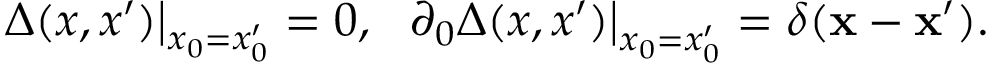
\left. \Delta ( x , x ^ { \prime } ) \right| _ { x _ { 0 } = x _ { 0 } ^ { \prime } } = 0 , \; \; \left. \partial _ { 0 } \Delta ( x , x ^ { \prime } ) \right| _ { x _ { 0 } = x _ { 0 } ^ { \prime } } = \delta ( { \bf x } - { \bf x } ^ { \prime } ) .